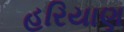
હરિયાણ